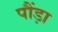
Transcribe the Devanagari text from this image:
पौंड़ा